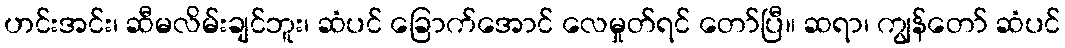
ဟင်းအင်း၊ ဆီမလိမ်းချင်ဘူး၊ ဆံပင် ခြောက်အောင် လေမှုတ်ရင် တော်ပြီ။ ဆရာ၊ ကျွန်တော် ဆံပင်